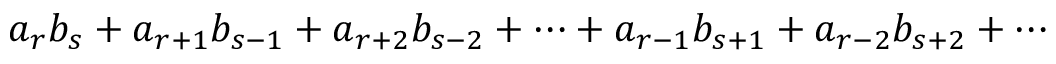
a _ { r } b _ { s } + a _ { r + 1 } b _ { s - 1 } + a _ { r + 2 } b _ { s - 2 } + \cdots + a _ { r - 1 } b _ { s + 1 } + a _ { r - 2 } b _ { s + 2 } + \cdots